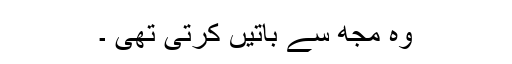
وہ مجھ سے باتیں کرتی تھی ۔